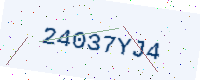
Text: 24037YJ4